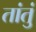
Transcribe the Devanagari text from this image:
तांतुं